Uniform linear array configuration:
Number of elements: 24
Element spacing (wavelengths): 0.25
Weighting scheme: hamming
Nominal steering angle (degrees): -15
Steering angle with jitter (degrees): -16.008
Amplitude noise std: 0.05
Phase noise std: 0.05

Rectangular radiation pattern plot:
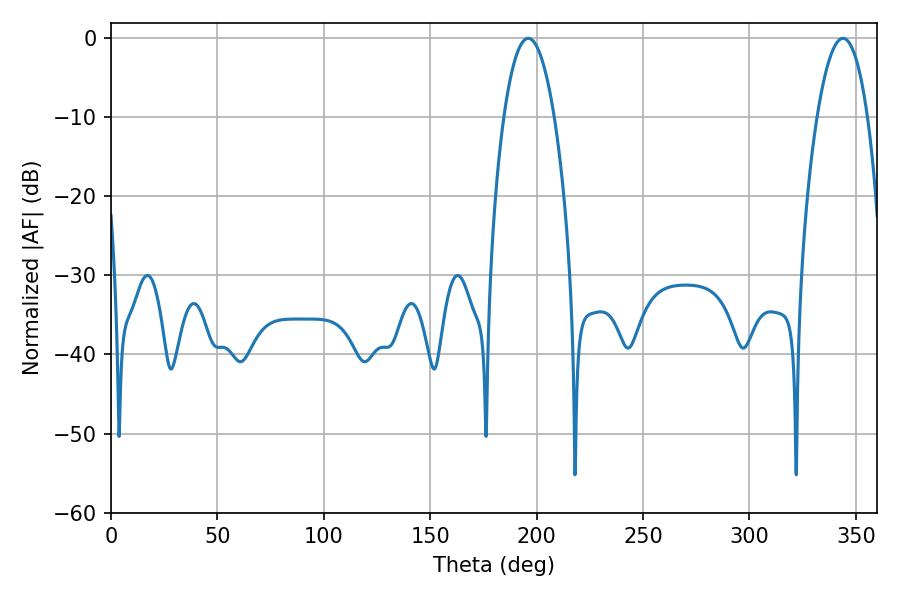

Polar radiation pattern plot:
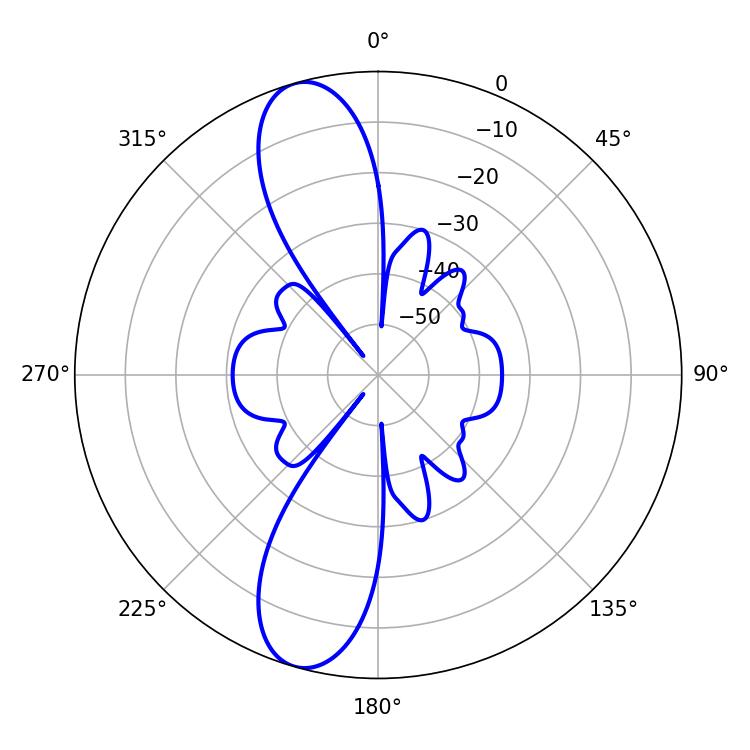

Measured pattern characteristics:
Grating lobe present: FALSE
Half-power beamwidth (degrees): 13.14
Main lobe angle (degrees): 196.02